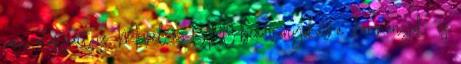
jogi alapjait is. Mivel az UCC-beadványokat a „kormányok” és